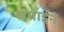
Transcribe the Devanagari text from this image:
यमाईने